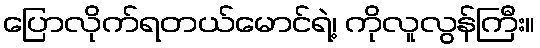
ပြောလိုက်ရတယ်မောင်ရဲ့၊ ကိုလူလွန်ကြီး။